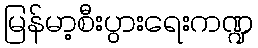
မြန်မာ့စီးပွားရေးကဏ္ဍ